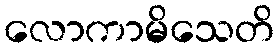
လောကာမိသေတိ